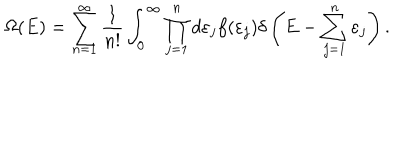
\Omega ( E ) = \sum _ { n = 1 } ^ { \infty } { \frac { 1 } { n ! } } \int _ { 0 } ^ { \infty } \prod _ { j = 1 } ^ { n } d \varepsilon _ { j } f ( \varepsilon _ { j } ) \delta \left( E - \sum _ { j = 1 } ^ { n } \varepsilon _ { j } \right) .